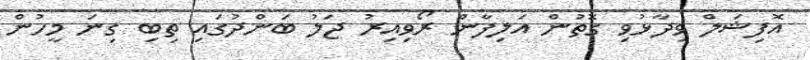
އޮފިޝަލް ވިދާޅުވި ގޮތުން އަލިފާން ރޯވިއިރު ޖަލު ބަންދުގައި ތިބި ގިނަ މީހުން